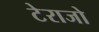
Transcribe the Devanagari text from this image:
टेराजो